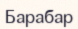
Барабар